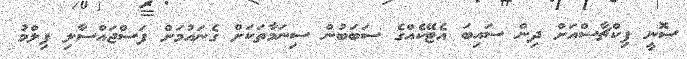
ސޮނީ ޕިކްޗާސްއަށް ދިން ސައިބަ އެޓޭކެއްގެ ސަބަބުން ސިނަމާތަކަށް ގެނައުމަށް ފަސްޖައްސާލި ފިލްމު